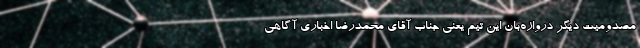
مصدومیت دیگر دروازه‌بان این تیم یعنی جناب آقای محمدرضا اخباری آگاهی